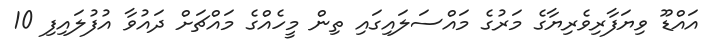
އައްޑޫ ވިޔަފާރިވެރިޔާގެ މަރުގެ މައްސަލައިގައި ތިން މީހެއްގެ މައްޗަށް ދައުވާ އުފުލައިފި 10